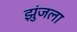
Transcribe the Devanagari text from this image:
झुंजला